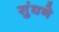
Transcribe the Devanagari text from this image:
सुंघने